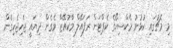
މި މެޗުގައި ކުޅުނު މެކްސިކޯގެ ކެޕްޓަން ރަފައޭލް މާކުއޭޒް ވެގެން ދިޔައީ ޖެހިޖެހިގެން